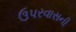
ઉપરવાસની